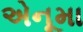
એનૂમા